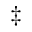
\ddagger